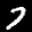
Label: 7